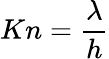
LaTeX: Kn=\frac{{\lambda}}{h}